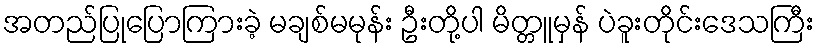
အတည်ပြုပြောကြားခဲ့ မချစ်မမုန်း ဦးတို့ပါ မိတ္တူမှန် ပဲခူးတိုင်းဒေသကြီး